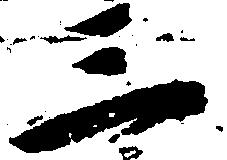
三